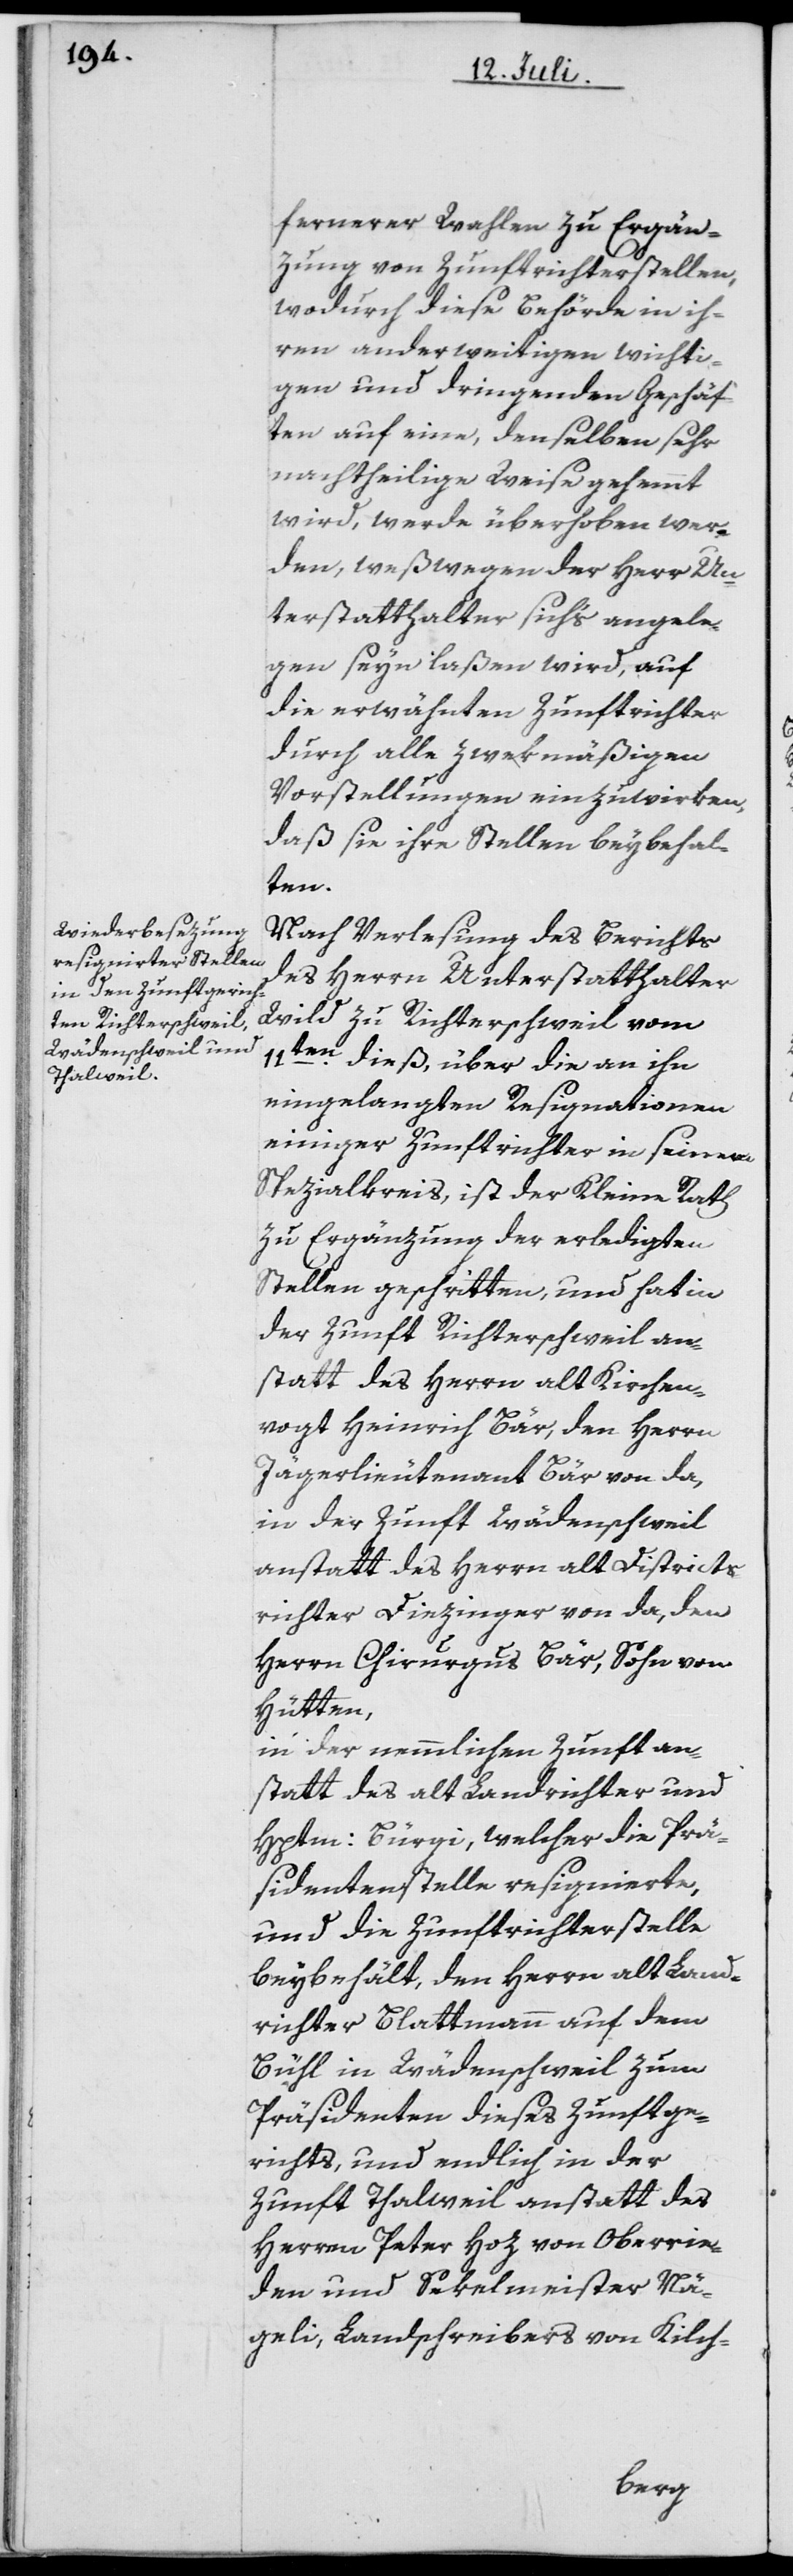
fernerer Wahlen zu Ergän¬
zung von Zunftrichterstellen,
wodurch diese Behörde in ih¬
ren anderweitigen wichti¬
gen und dringenden Geschäf¬
ten auf eine, denselben sehr
nachtheilige Weise gehemmt
wird, werde überhoben wer¬
den, weßwegen der Herr Un¬
terstatthalter sich’s angele¬
gen seyn laßen wird, auf
die erwähnten Zunftrichter
durch alle zwekmäßigen
Vorstellungen einzuwirken,
daß sie ihre Stellen beybehal¬
ten.
Nach Verlesung des Berichts
des Herrn Unterstatthalter
Wild zu Richterschweil vom
11ten dieß, über die an ihn
eingelangten Resignationen
einiger Zunftrichter in seinem
Spezialkreis, ist der Kleine Rath
zu Ergänzung der erledigten
Stellen geschritten, und hat in
der Zunft Richterschweil an¬
statt des Herrn alt Kirchen¬
vogt Heinrich Bär, den Herrn
Jägerlieutenant Bär von da;
in der Zunft Wädenschweil
anstatt des Herrn alt Districts¬
richter Diezinger von da, den
Herrn Chirurgus Bär, Sohn von
Hütten,
in der nemmlichen Zunft an¬
statt des alt Landrichter und
Hptm: Bürgi, welcher die Prä¬
sidentenstelle resignierte,
und die Zunftrichterstelle
beybehält, den Herrn alt Land¬
richter Blattmann auf dem
Bühl in Wädenschweil zum
Präsidenten dieses Zunftge¬
richts, und endlich in der
Zunft Thalweil anstatt des
Herren Peter Hoz von Oberrie¬
den und Sekelmeister Nä¬
geli, Landschreibers von Kilch-